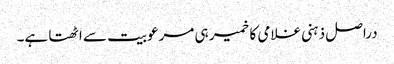
دراصل ذہنی غلامی کا خمیر ہی مرعوبیت سے اٹھتا ہے۔